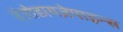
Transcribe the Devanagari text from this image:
बेंज़ोडायज़ेपाइन्स